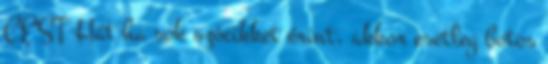
CEST Hát ha sok szócikket érint, akkor esetleg botos